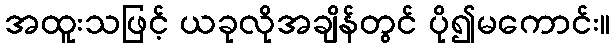
အထူးသဖြင့် ယခုလိုအချိန်တွင် ပို၍မကောင်း။